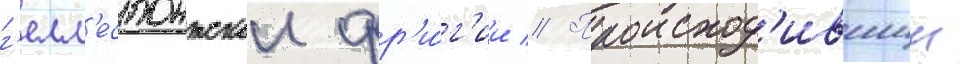
г'елл'еспонтскои фр'и́г'ии // Происход'ившии